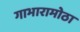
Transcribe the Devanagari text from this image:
गाभारामोठा